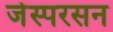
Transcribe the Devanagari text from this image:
जेस्परसन